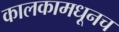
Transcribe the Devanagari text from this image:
कालकामधूनच